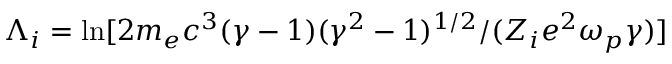
\Lambda _ { i } = \mathrm { l n } [ 2 m _ { e } c ^ { 3 } ( \gamma - 1 ) ( \gamma ^ { 2 } - 1 ) ^ { 1 / 2 } / ( Z _ { i } e ^ { 2 } \omega _ { p } \gamma ) ]